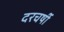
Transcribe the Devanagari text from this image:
दरचर्षी